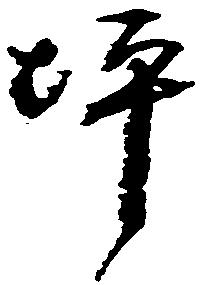
坪